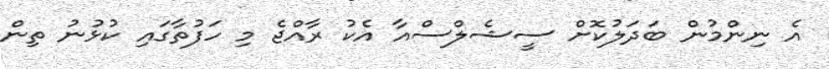
އެ ނިންމުން ބަދަލުކޮށް ސީޝެލްސްއާ އެކު ރާއްޖެ މި ހަފުތާގައި ކުޅުނު ތިން